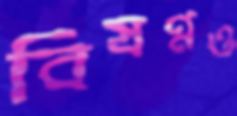
বিষণ্নও